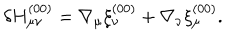
\delta H _ { \mu \nu } ^ { ( 0 0 ) } = \nabla _ { \mu } \xi _ { \nu } ^ { ( 0 0 ) } + \nabla _ { \nu } \xi _ { \mu } ^ { ( 0 0 ) } .